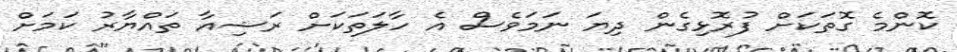
ކޮންމެ ގޮތަކަށް ފުރޮޅިގެން ދިޔަ ނަމަވެސް އެ ހާލަތަކަށް ރަޝިއާ ތައްޔާރު ކަމަށް